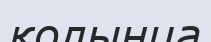
қолыңца